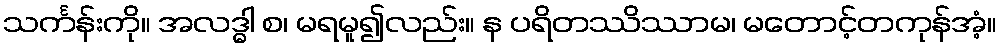
သင်္ကန်းကို။ အလဒ္ဓါ စ၊ မရမူ၍လည်း။ န ပရိတဿိဿာမ၊ မတောင့်တကုန်အံ့။